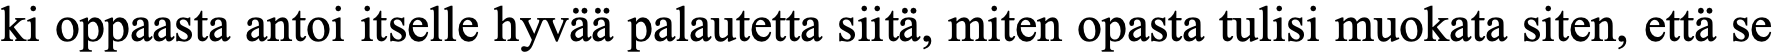
ki oppaasta antoi itselle hyvää palautetta siitä, miten opasta tulisi muokata siten, että se